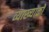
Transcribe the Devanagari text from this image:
व्याख्याको